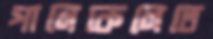
পালেকেলেতে